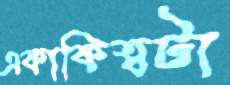
একাকিত্বটা